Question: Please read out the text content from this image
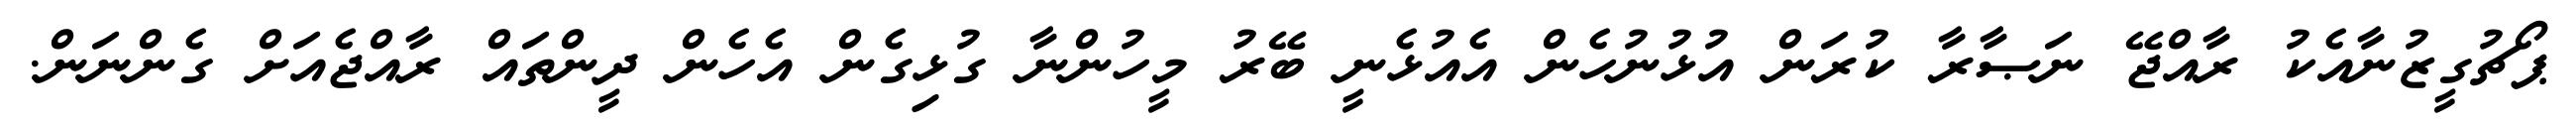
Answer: ޕޯޗުގީޒުނާއެކު ރާއްޖޭ ނަޞާރާ ކުރަން އުޅުނުހެން އެއުޅެނީ ބޭރު މީހުންނާ ގުޅިގެން އެހެން ދީންތައް ރާއްޖެއަށް ގެންނަން.